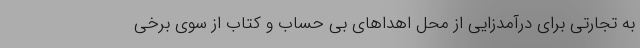
به تجارتی برای درآمدزایی از محل اهداهای بی حساب و کتاب از سوی برخی